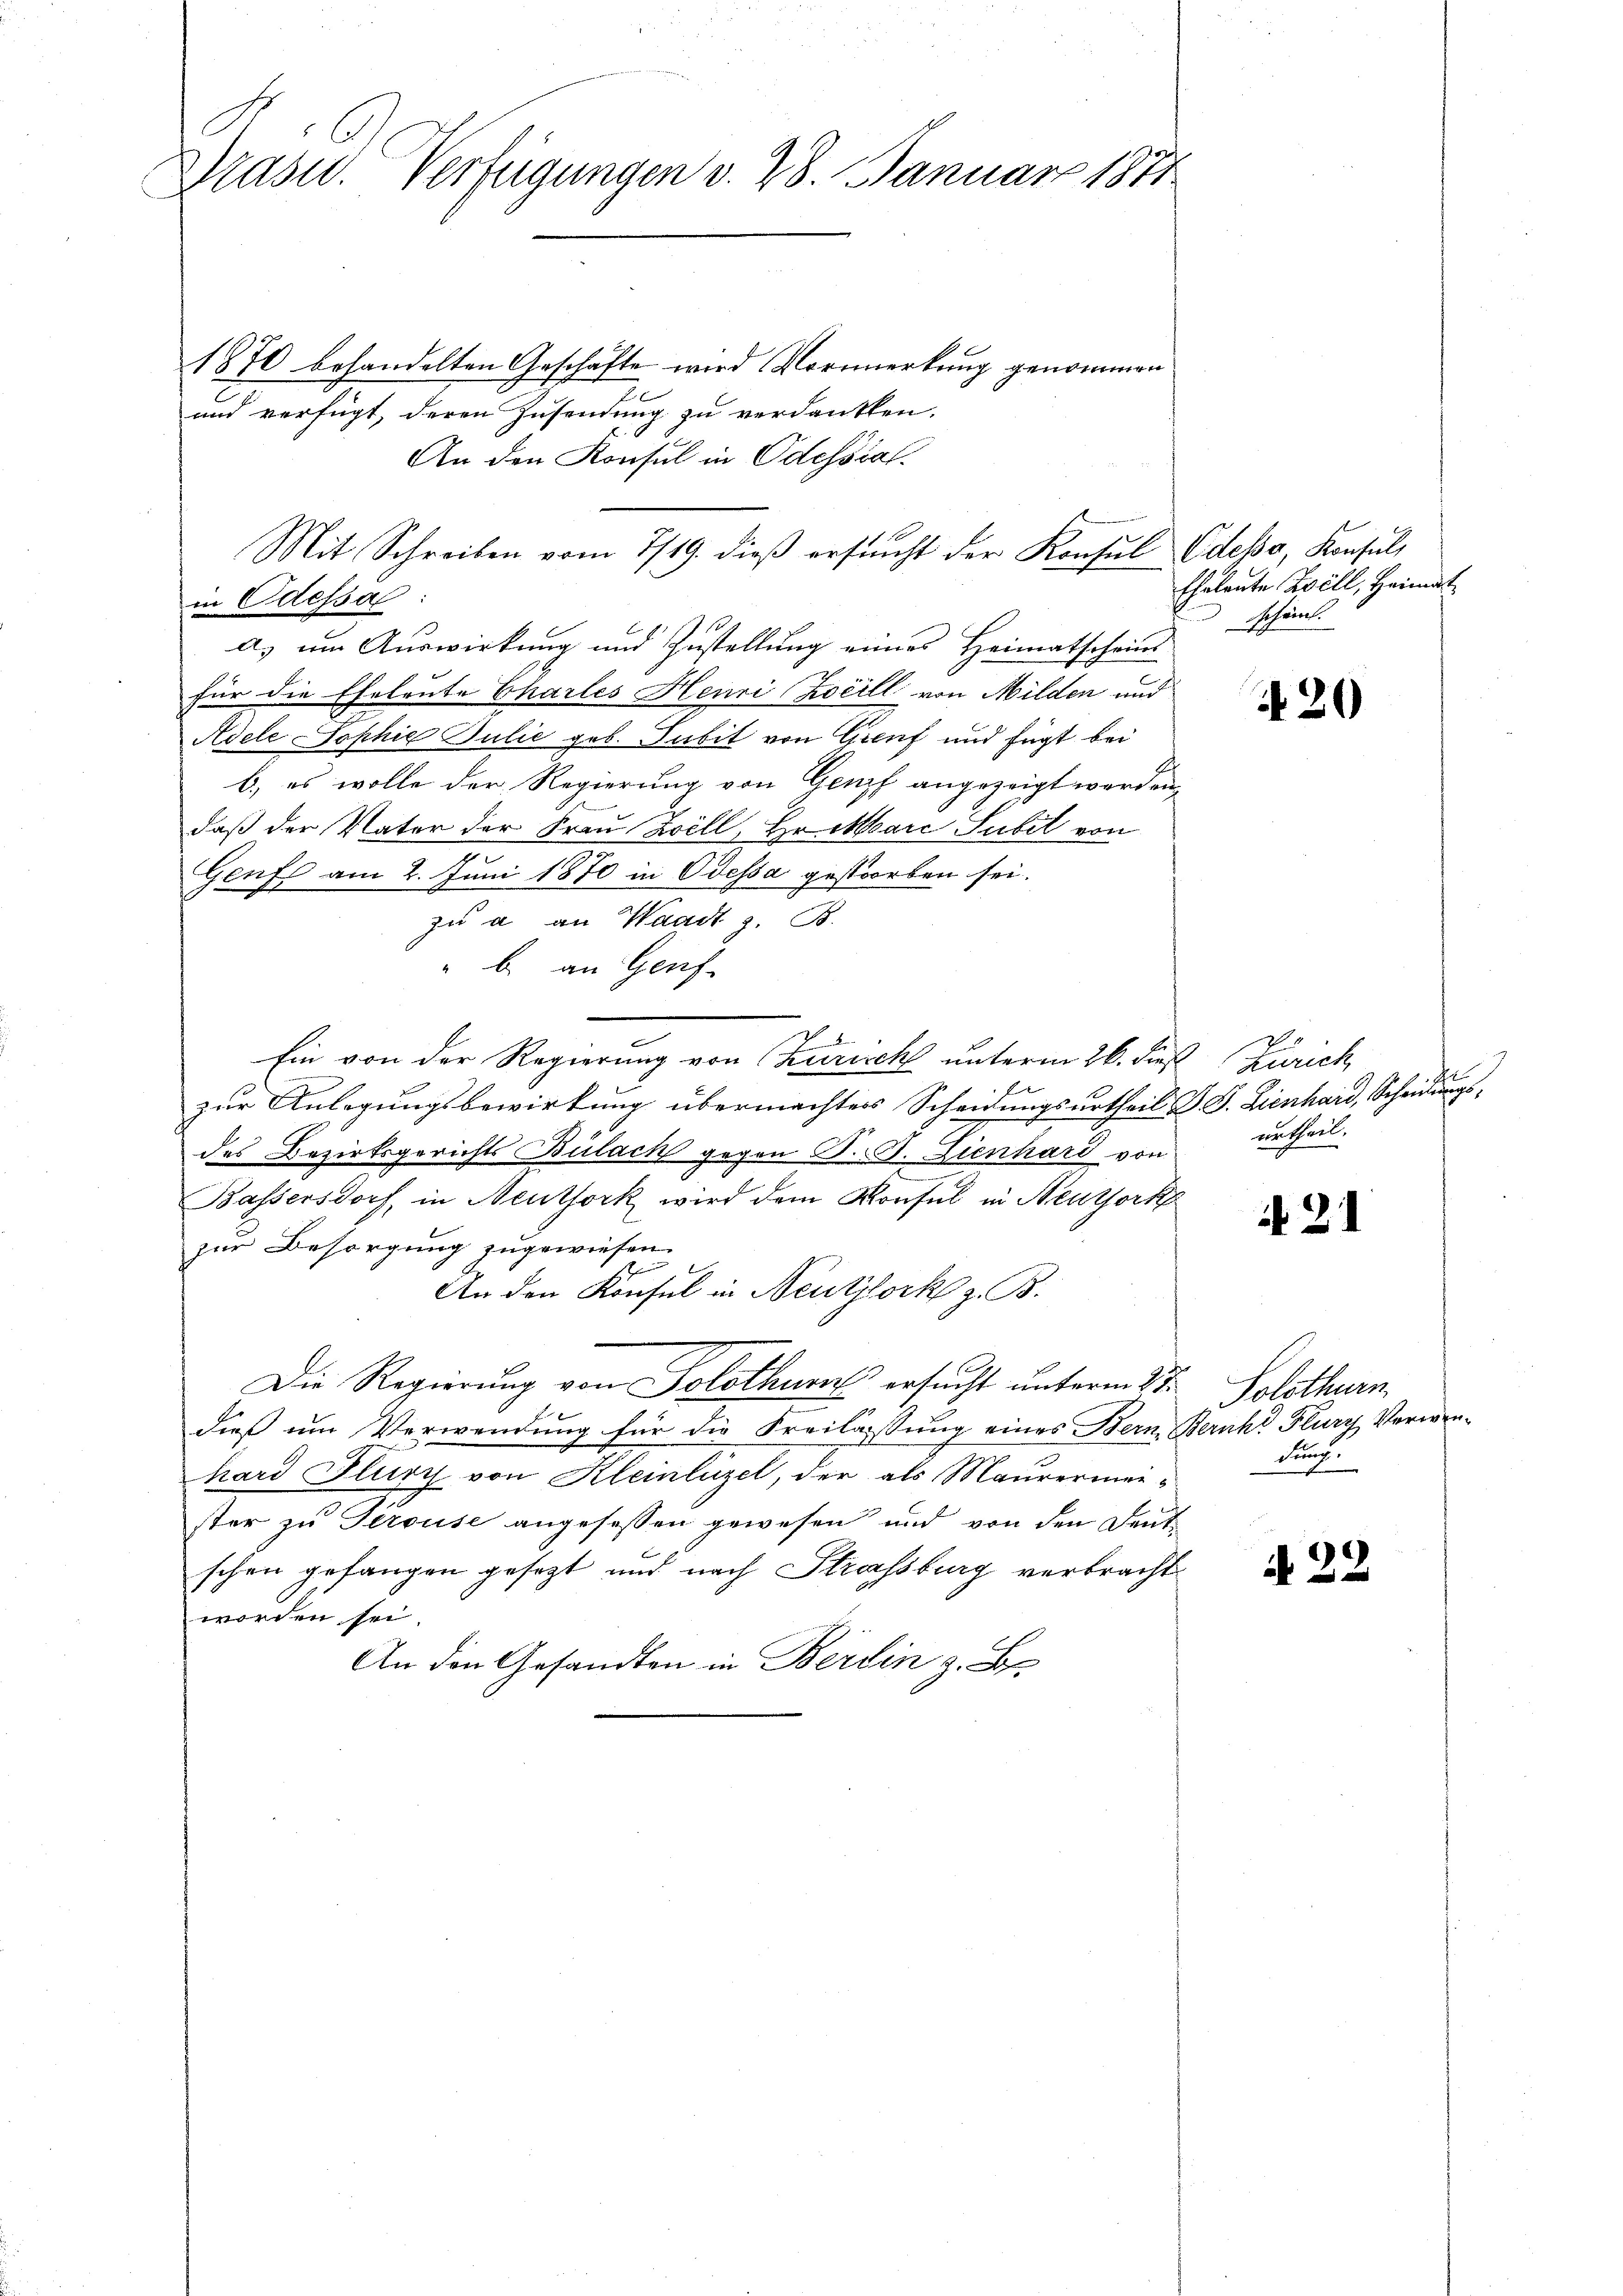
Masid. Verfügungen v. 28. Januar 1871

1870 behandelten Geschäfte wird Vormerkung genommen
und verfügt, deren Zusendung zu verdankten.
An den Konsul in Odessial.
Mit Schreiben vom 7/19. dieβ ersucht der Konsul Odebo, Konsuls
in Odessa
a) um Auswirkung und Zustellung eines Heimatscheins
für die Eheleute Charles Henri Weill von Milden und
Adele Sophie Julić geb. Sabit von Greif und fügt bei
b) es wolle der Regierung von Genf angezeigt werden,
daß der Vater der Frau Zill, Hr. Marc Subet von
Genf am 2. Juni 1870 in Odessa gestorben sei.
zu à an Waadt z. B.
" b. an Genf
Ein von der Regierung von Zürich unterm 26. dieß Zürich
E
zur Anlegungsbewirkung übermachters Scheidungsurtheil d. J. Lienhard, Scheidungsdes Bezirksgerichts Bülach gegen P. F. Lienhard von
Bassersdorf, in Neuthork wird dem Konsul in Neuthort
zur Besorgung zugewiesen.
n
An den Konsul in Neutzlork z. B.
Die Regierung von Solothur ersucht unterm 2ten Solothurn,
dieß um Verwendung für die Freilassung eines Bern, Bernh Flury Verwen-
hard Flury von Kleinlüzel, der als Maurermeidunch
ster zu Gerouse angesessen gewesen und von den Deut
schen gefangen gesezt und nach Strassburg verbracht
worden sei.
An den Gesandten in Berlin z. B.

Eheleute Zell, Heimat
schämt.

N 20

wortseel.

21

N 22